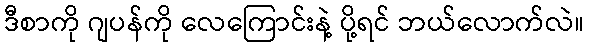
ဒီစာကို ဂျပန်ကို လေကြောင်းနဲ့ ပို့ရင် ဘယ်လောက်လဲ။